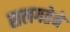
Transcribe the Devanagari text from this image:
सलगतेने